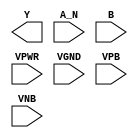
module sky130_fd_sc_hdll__nand2b (
    Y   ,
    A_N ,
    B   ,
    VPWR,
    VGND,
    VPB ,
    VNB
);

    output Y   ;
    input  A_N ;
    input  B   ;
    input  VPWR;
    input  VGND;
    input  VPB ;
    input  VNB ;
endmodule